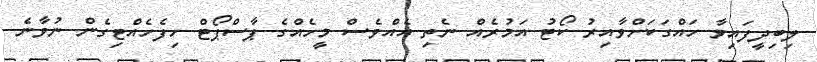
ލިބިދީފައިވާ ހައްގަކަށްވާއިރު ކޯޓު އަމުރެއް ނެތި އެއްވެސް މީހެއްގެ ޕާސްޕޯޓް ހިފެހެއްޓިގެން ނުވާނެ